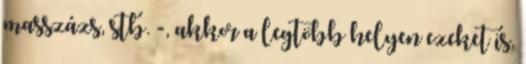
masszázs, stb. -, akkor a legtöbb helyen ezeket is,